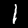
Label: 1